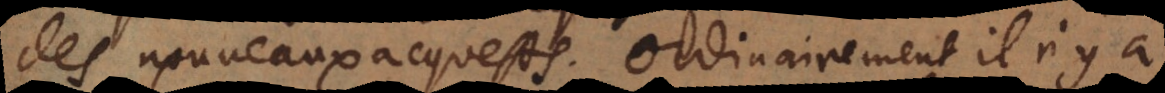
des nouveaux acquests. Ordinairement il n’y a